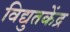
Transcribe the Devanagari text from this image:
विद्युतकेंद्र